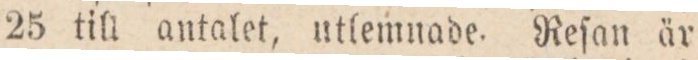
25 till antalet, utlemnade. Reſan är